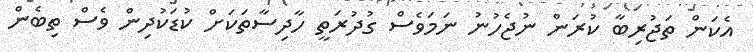
އެކަން ތަޖުރިބާ ކުރަން ނުޖެހުނު ނަމަވެސް ގުދުރަތީ ހާދިސާތަކަށް ކުޑަކުދިން ވެސް ތިބެން